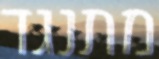
מתנגד